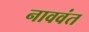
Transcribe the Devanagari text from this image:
नाववंत